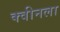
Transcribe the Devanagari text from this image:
क्वीनला